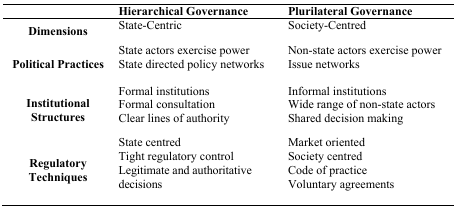
<table><thead><tr><td></td><td><b>Hierarchical Governance</b></td><td><b>Plurilateral Governance</b></td></tr></thead><tbody><tr><td><b>Dimensions</b></td><td>State-Centric</td><td>Society-Centred</td></tr><tr><td rowspan="2"><b>Political Practices</b></td><td>State actors exercise power</td><td>Non-state actors exercise power</td></tr><tr><td>State directed policy networks</td><td>Issue networks</td></tr><tr><td rowspan="3"><b>Institutional Structures</b></td><td>Formal institutions</td><td>Informal institutions</td></tr><tr><td>Formal consultation</td><td>Wide range of non-state actors</td></tr><tr><td>Clear lines of authority</td><td>Shared decision making</td></tr><tr><td rowspan="4"><b>Regulatory Techniques</b></td><td>State centred</td><td>Market oriented</td></tr><tr><td>Tight regulatory control</td><td>Society centred</td></tr><tr><td rowspan="2">Legitimate and authoritative decisions</td><td>Code of practice</td></tr><tr><td>Voluntary agreements</td></tr></tbody></table>